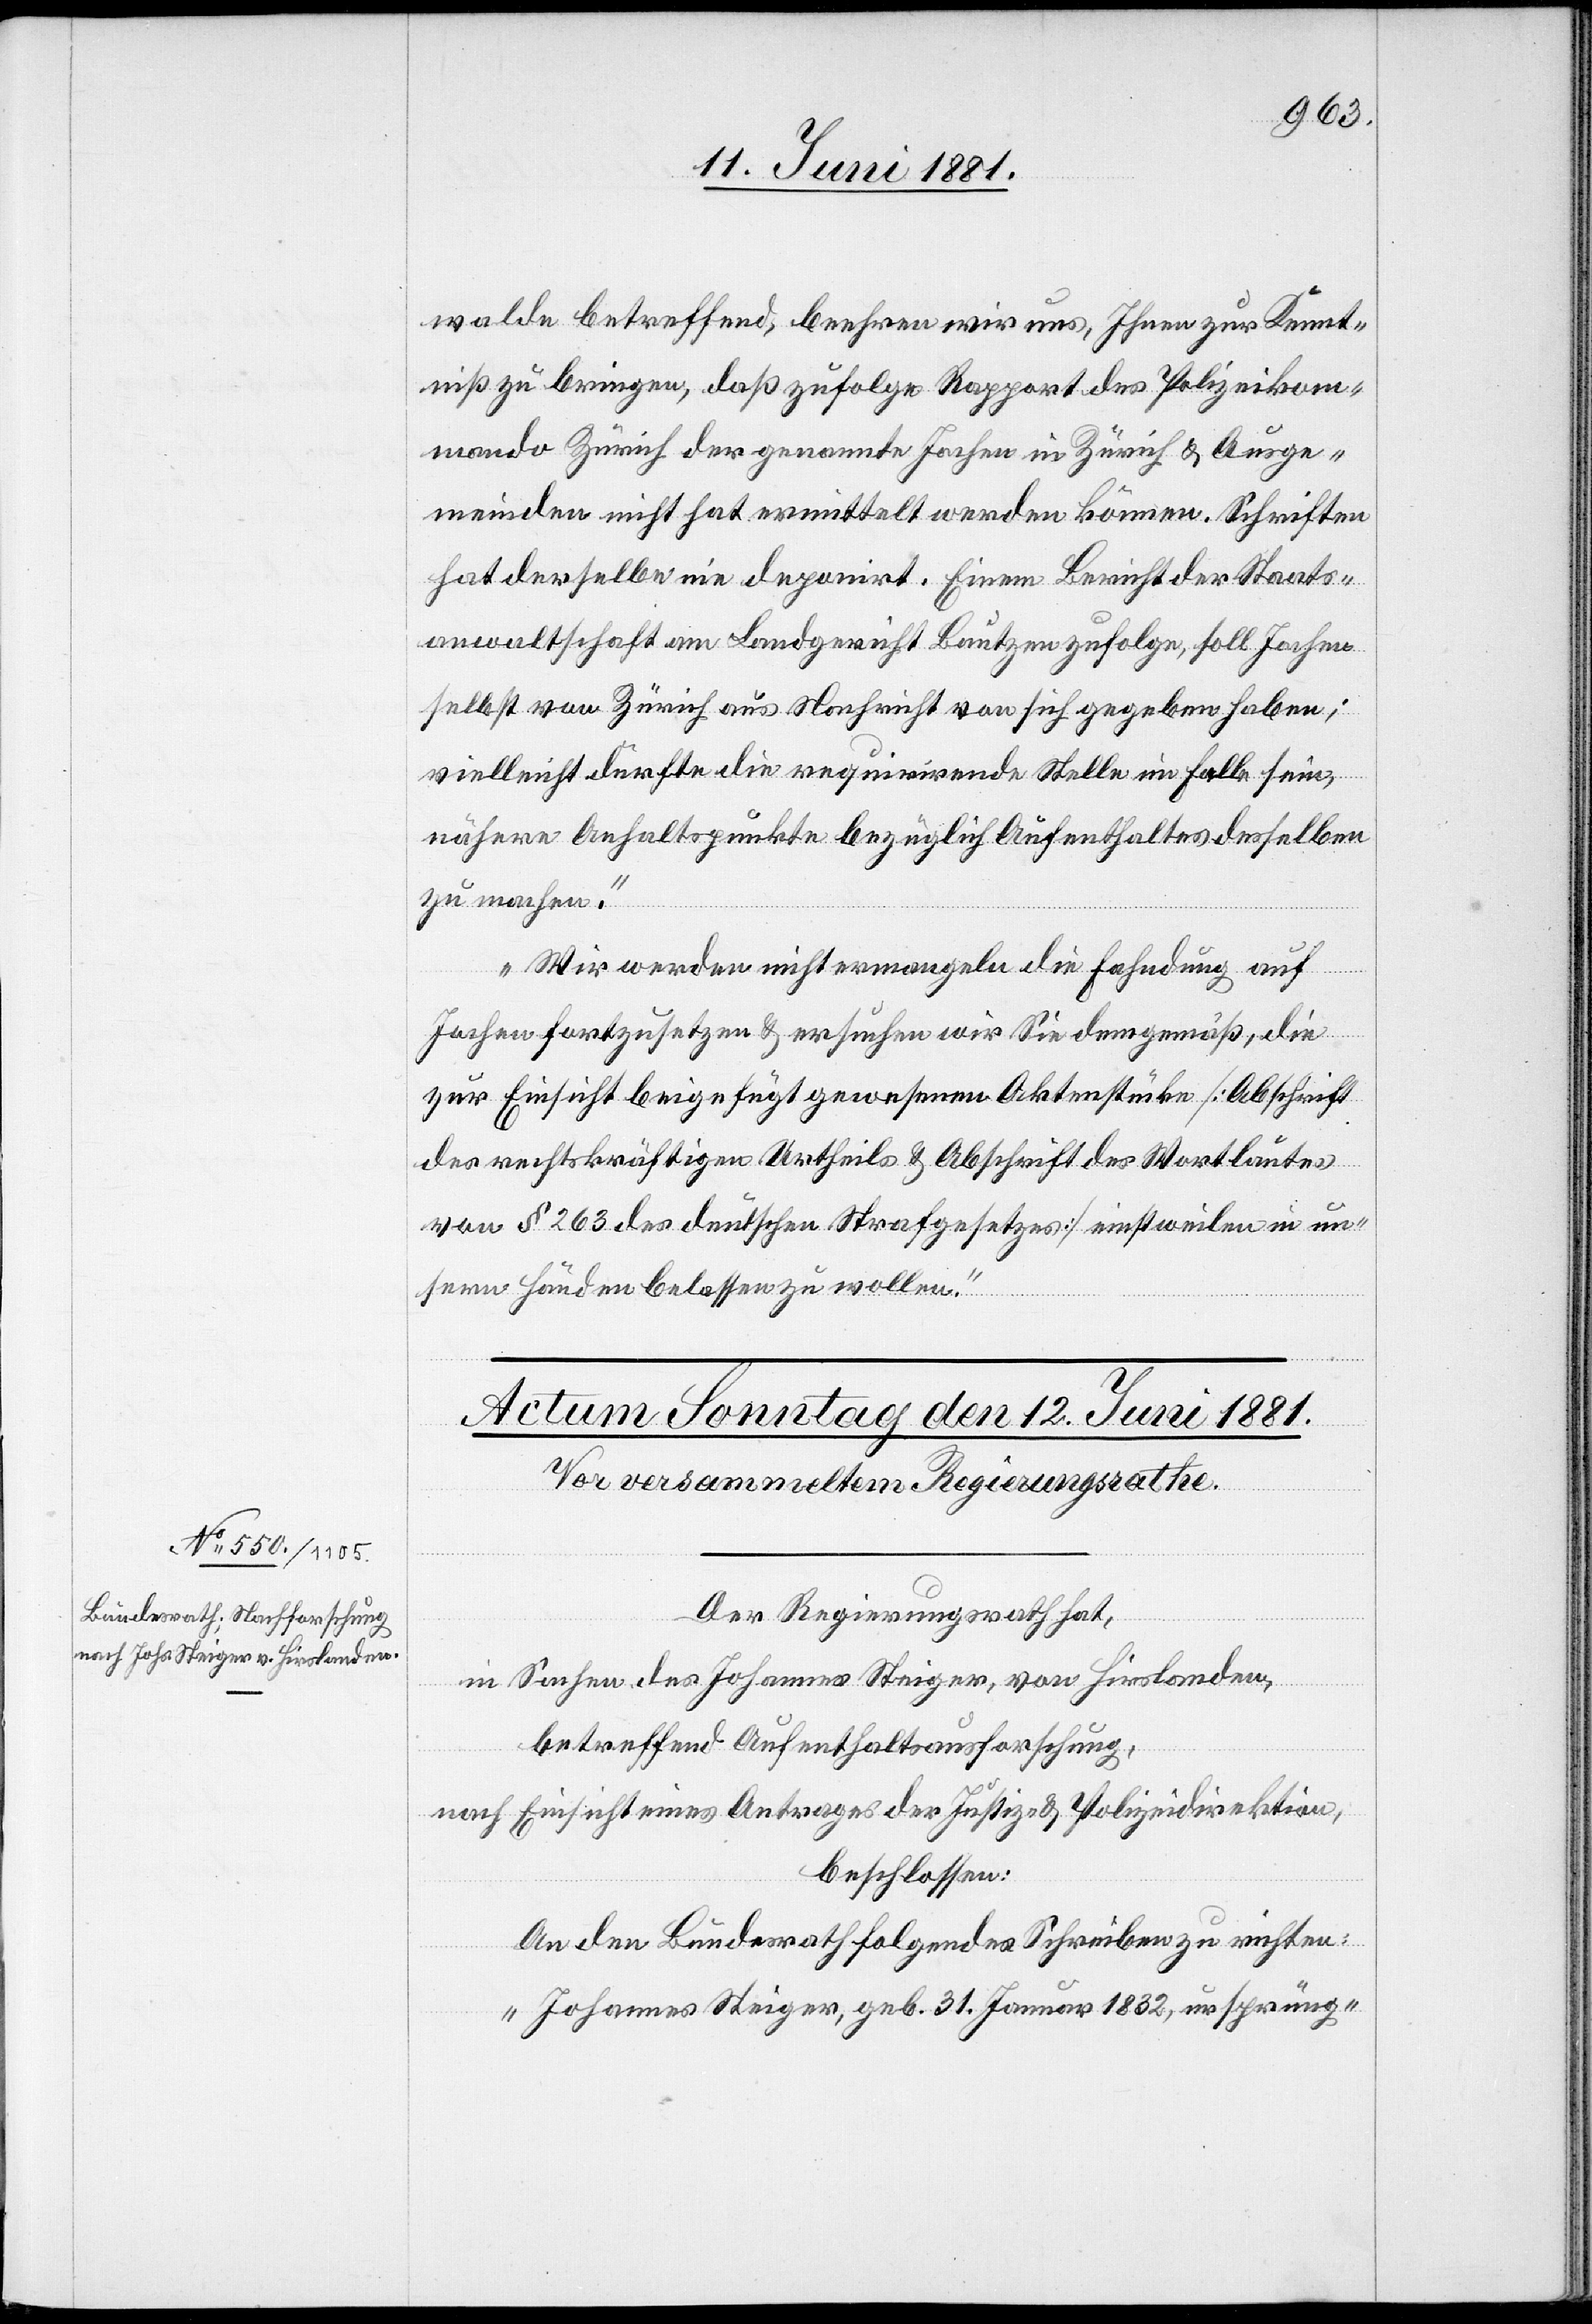
walde betreffend, beehren wir uns, Ihnen zur Kennt¬
niß zu bringen, daß zufolge Rapport des Polizeikom¬
mando Zürich der genannte Jochen in Zürich & Ausge¬
meinden nicht hat ermittelt werden können. Schriften
hat derselbe nie deponiert. Einem Bericht der Staats¬
anwaltschaft am Landgericht Bautzen zufolge, soll Jochen
selbst von Zürich aus Nachricht von sich gegeben haben;
vielleicht durfte die requirirende Stelle im Falle sein,
nähere Anhaltspunkte bezüglich Aufenthaltes desselben
zu machen.
Wir werden nicht ermangeln die Fahndung auf
in un¬
Jochen fortzusetzen & ersuchen wir Sie demgemäß, die
zur Einsicht beigefügt gewesenen Aktenstücke [Abschrift
des rechtskräftigen Urtheils & des Wortlautes von § 263 des
sern Händen belassen zu wollen“
Der Regierungsrath hat,
in Sachen des Johannes Steiger, von Hirslanden,
betreffend Aufenthaltsausforschung,
nach Einsicht eines Antrages der Justiz- & Polizeidirektion,
beschlossen:
An den Bundesrath folgendes Schreiben zu richten:
„Johannes Steiger, geb. 31. Januar 1832, ursprüng-